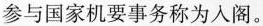
参与国家机要事务成为入阁。